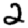
Digit: 2